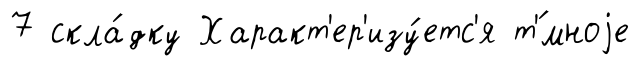
7 скла́дку Характ'ер'изу́етс'я т'́мноjе